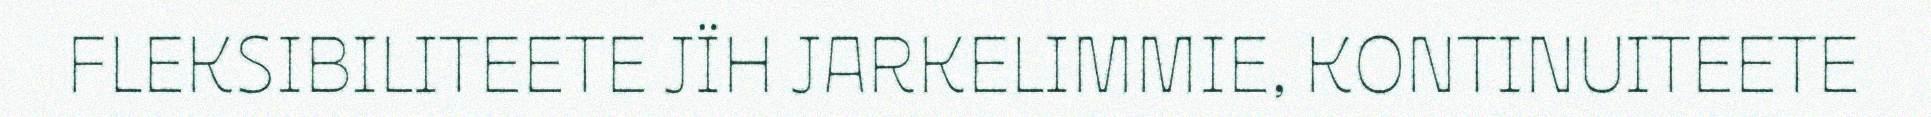
FLEKSIBILITEETE JÏH JARKELIMMIE, KONTINUITEETE